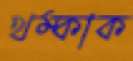
থম্‌কাক